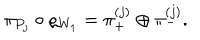
\pi _ { P _ { j } } \circ \varrho _ { W _ { 1 } } = \pi _ { + } ^ { ( j ) } \oplus \pi _ { - } ^ { ( j ) } .